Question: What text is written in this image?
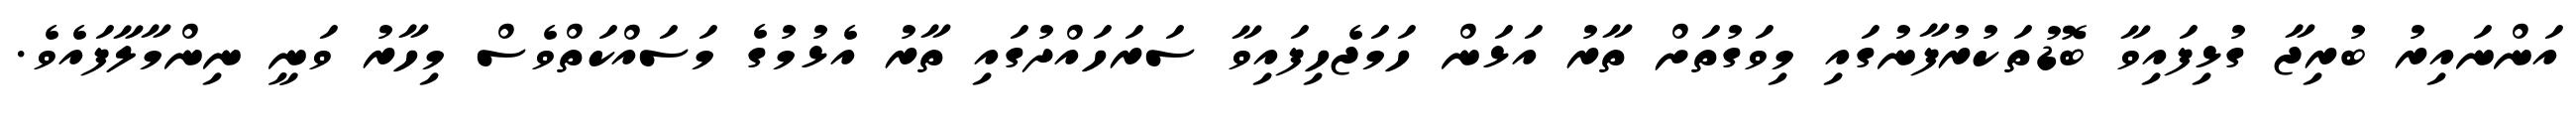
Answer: އަންނައިރު ބުރިޖާ ގުޅިފައިވާ ބޮޑުތަކުރުފާނުގައި މިވަގުތަށް ތާރު އަޅަން ހަމަޖެހިފައިވާ ސަރަހައްދުގައި ތާރު އެޅުމުގެ މަސައްކަތްވެސް މިހާރު ވަނީ ނިންމާލާފައެވެ.